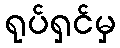
ရုပ်ရှင်မှ